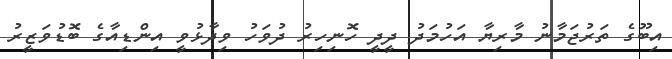
އިބޫގެ ތަރުޖަމާނު މާރިޔާ އަހުމަދު ދީދީ ހޮނިހިރު ދުވަހު ވިދާޅުވީ އިންޑިއާގެ ބޮޑުވަޒީރު